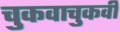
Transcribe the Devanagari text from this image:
चुकवाचुकवी